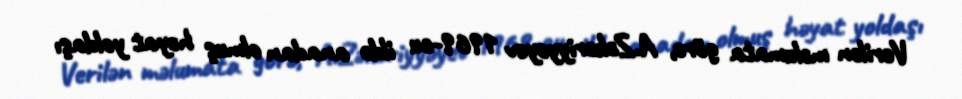
Verilən məlumata görə, A.Zəkəriyyəyev 1969-cu ildə anadan olmuş həyat yoldaşı